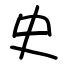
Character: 史